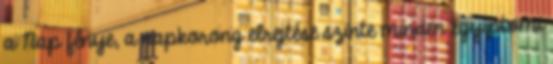
a Nap fénye, a napkorong elrejtése szinte minden egyiptomi